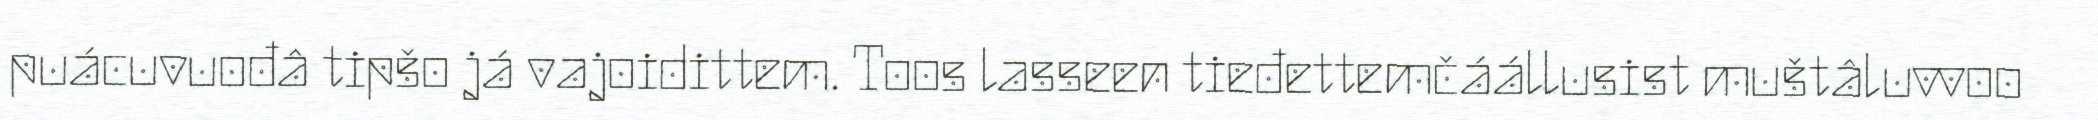
puácuvuođâ tipšo já vajoidittem. Toos lasseen tieđettemčáállusist muštâluvvoo